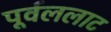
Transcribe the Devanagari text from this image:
पूर्वललाट